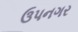
ઉપનગર